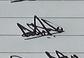
Signature authenticity: genuine